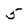
Character: 5